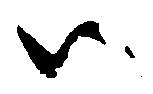
ハ